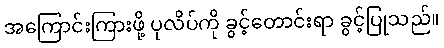
အကြောင်းကြားဖို့ ပုလိပ်ကို ခွင့်တောင်းရာ ခွင့်ပြုသည်။